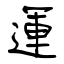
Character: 運